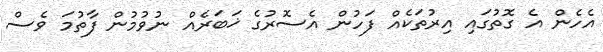
އެހެން އެ ގޮތުގައި އިރުތަކެއް ފަހުން އެސޮރުގެ ޚަބަރެއް ނުވުމުން ފާތުމަ ވެސް